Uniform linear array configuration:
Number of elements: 8
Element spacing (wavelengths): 0.5
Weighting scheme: cosine
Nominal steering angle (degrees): -45
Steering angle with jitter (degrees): -46.041
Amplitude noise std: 0.05
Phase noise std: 0.05

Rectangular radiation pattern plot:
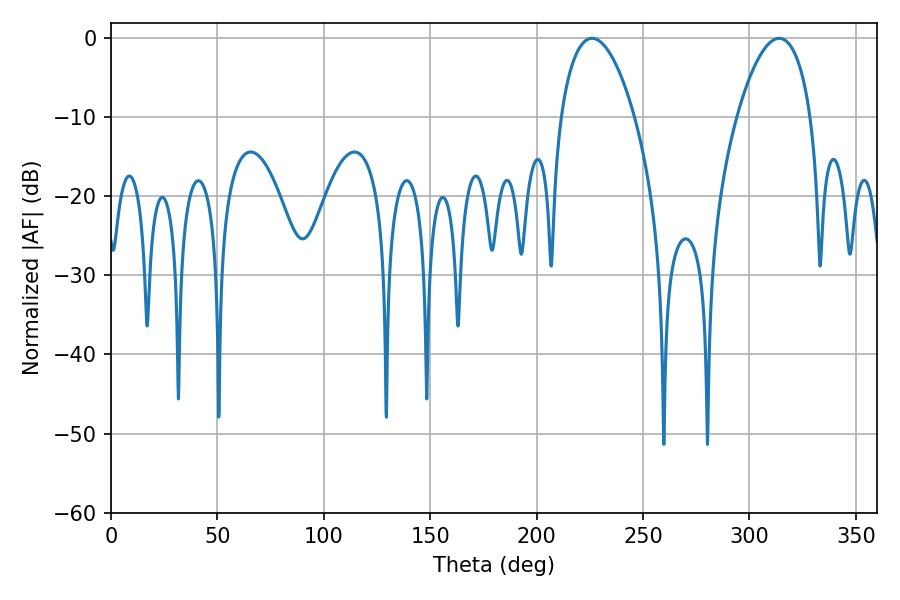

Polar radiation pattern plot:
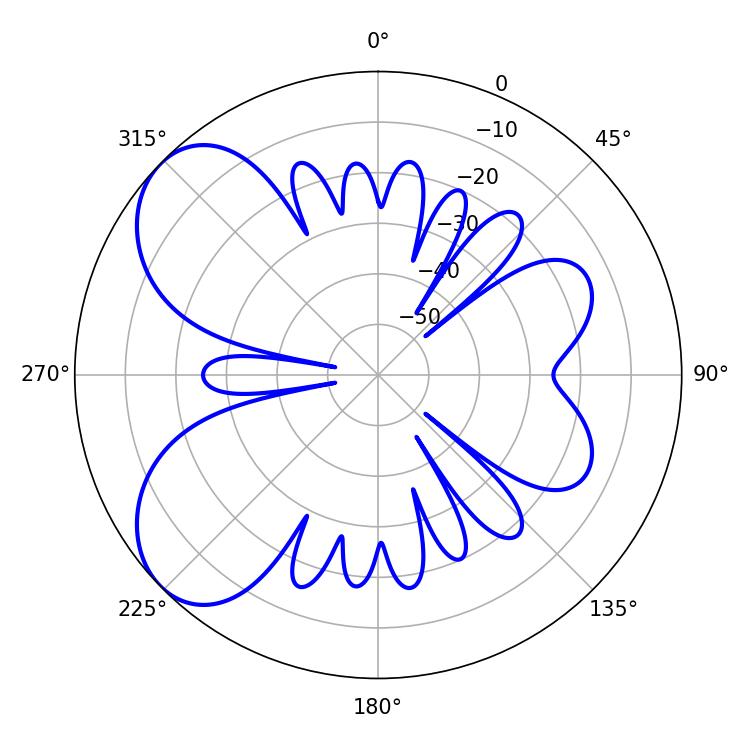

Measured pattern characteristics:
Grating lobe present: FALSE
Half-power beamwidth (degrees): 19.26
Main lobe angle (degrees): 226.08